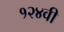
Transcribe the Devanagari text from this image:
१२४वी